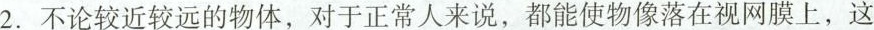
2.不论较近较远的物体，对于正常人来说，都能使物像落在视网膜上，这